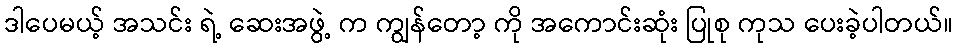
ဒါပေမယ့် အသင်း ရဲ့ ဆေးအဖွဲ့ က ကျွန်တော့ ကို အကောင်းဆုံး ပြုစု ကုသ ပေးခဲ့ပါတယ်။